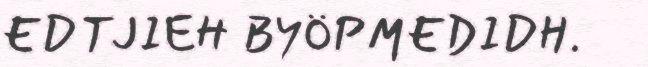
EDTJIEH BYÖPMEDIDH.